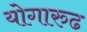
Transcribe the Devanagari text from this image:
योगारुढ